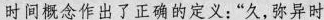
时间概念作出了正确的定义：”久，弥异时